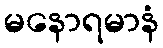
မနောရမာနံ